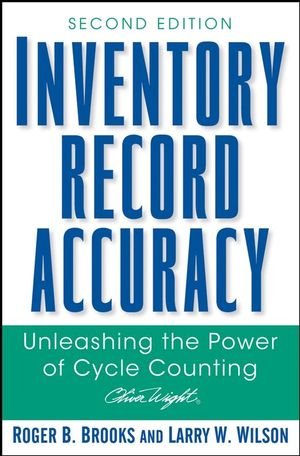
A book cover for Inventory Record Accuracy: Unleashing the Power of Cycle Counting; Roger B. Brooks; Business & Money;